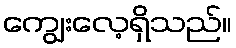
ကျွေးလေ့ရှိသည်။